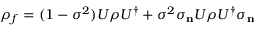
\rho _ { f } = ( 1 - \sigma ^ { 2 } ) U \rho U ^ { \dagger } + \sigma ^ { 2 } \sigma _ { \mathbf { n } } U \rho U ^ { \dagger } \sigma _ { \mathbf { n } }